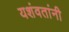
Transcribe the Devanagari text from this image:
यशंवतांनी